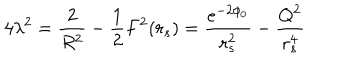
LaTeX: 4 \lambda ^ { 2 } = \frac { 2 } { R ^ { 2 } } - \frac { 1 } { 2 } F ^ { 2 } ( r _ { s } ) = \frac { e ^ { - 2 \phi _ { 0 } } } { r _ { s } ^ { 2 } } - \frac { Q ^ { 2 } } { r _ { s } ^ { 4 } }